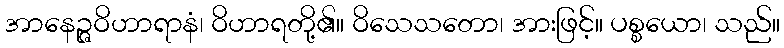
အာနေဉ္ဇဝိဟာရာနံ၊ ဝိဟာရတို့၏။ ဝိသေသတော၊ အားဖြင့်။ ပစ္စယော၊ သည်။